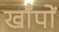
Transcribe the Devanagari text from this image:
खाँपों